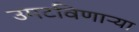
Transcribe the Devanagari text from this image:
उमटविणाऱ्या